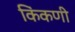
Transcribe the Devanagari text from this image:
किंकणी